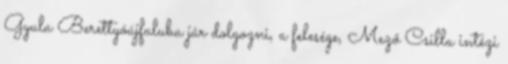
Gyula Berettyóújfaluba jár dolgozni, a felesége, Mező Csilla intézi